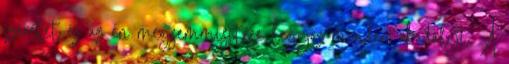
szeretet és az én megsemmisítése legyőz minden akadályt. A